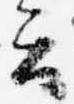
云